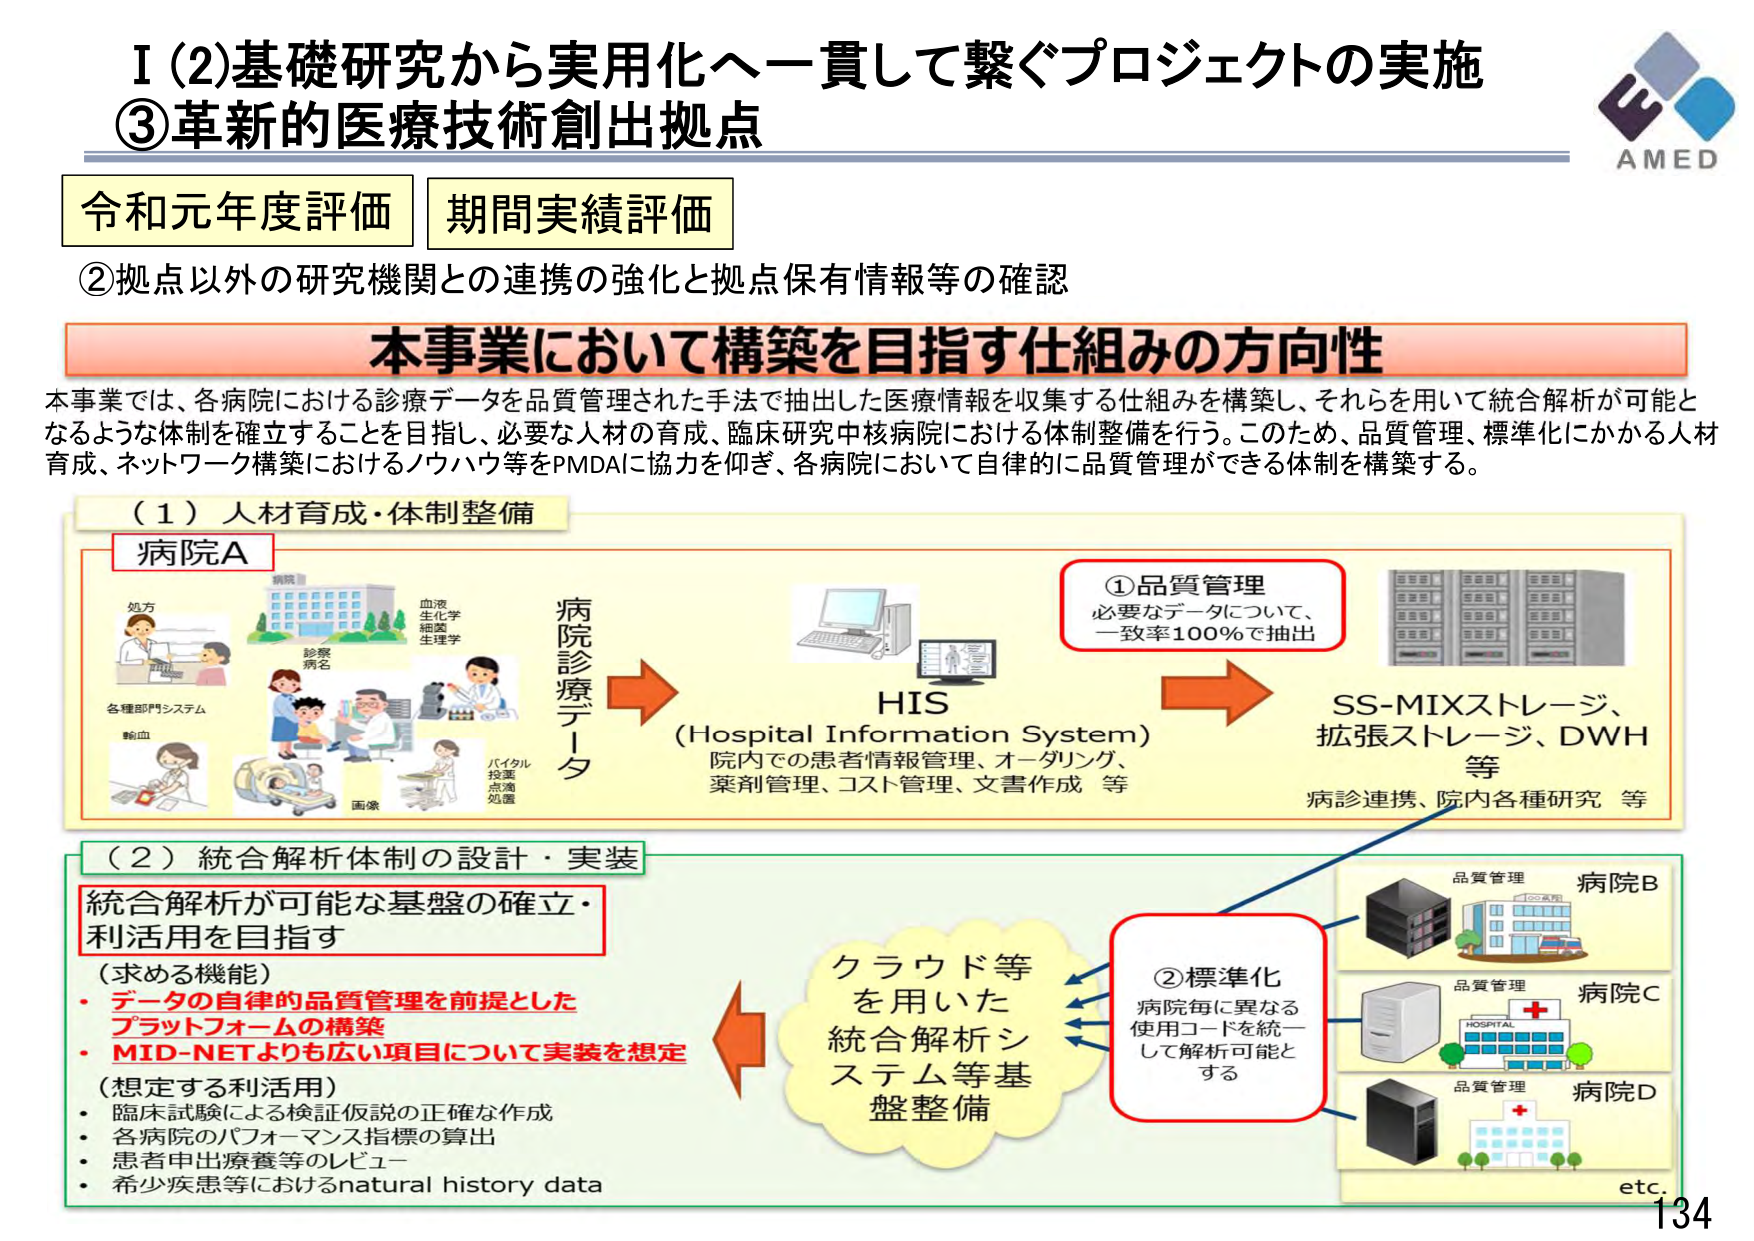
I (2)基礎研究から実用化へ一貫して繋ぐプロジェクトの実施
③革新的医療技術創出拠点

令和元年度評価 期間実績評価

②拠点以外の研究機関との連携の強化と拠点保有情報等の確認

本事業において構築を目指す仕組みの方向性
本事業では、各病院における診療データを品質管理された手法で抽出した医療情報を収集する仕組みを構築し、それらを用いて統合解析が可能となるような体制を確立することを目指し、必要な人材の育成、臨床研究中核病院における体制整備を行う。このため、品質管理、標準化にかかる人材育成、ネットワーク構築におけるノウハウ等をPMDAに協力を仰ぎ、各病院において自律的に品質管理ができる体制を構築する。

（1）人材育成・体制整備
病院A
処方
診療病名
血液
生化学
細菌
生理学
各種部門システム
輸血
画像
バイタル
投薬
点滴
処置
病院診療データ
HIS
（Hospital Information System）
院内での患者情報管理、オーダリング、
薬剤管理、コスト管理、文書作成 等
①品質管理
必要なデータについて、
一致率100％で抽出
SS-MIXストレージ、
拡張ストレージ、DWH
等
病診連携、院内各種研究 等

（2）統合解析体制の設計・実装
統合解析が可能な基盤の確立・
利活用を目指す
（求める機能）
・データの自律的品質管理を前提とした
プラットフォームの構築
・MID-NETよりも広い項目について実装を想定
（想定する利活用）
・臨床試験による検証仮説の正確な作成
・各病院のパフォーマンス指標の算出
・患者申出療養等のレビュー
・希少疾患等におけるnatural history data
クラウド等
を用いた
統合解析シ
ステム等基
盤整備
②標準化
病院毎に異なる
使用コードを統一
して解析可能と
する
品質管理
病院B
品質管理
病院C
HOSPITAL
品質管理
病院D
etc.

AMED
134